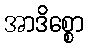
အာဒိစ္စော